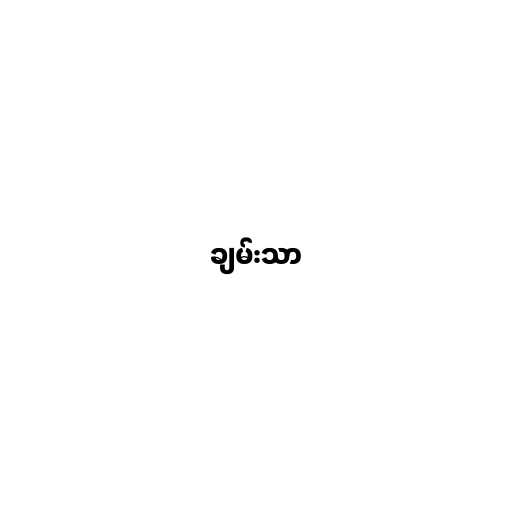
ချမ်းသာ